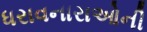
ધરાવનારાઓની